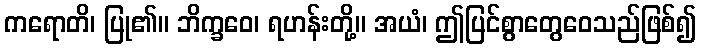
ကရောတိ၊ ပြု၏။ ဘိက္ခဝေ၊ ရဟန်းတို့။ အယံ၊ ဤပြင်စွာတွေဝေသည်ဖြစ်၍